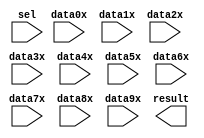
// megafunction wizard: %LPM_MUX%VBB%
// GENERATION: STANDARD
// VERSION: WM1.0
// MODULE: LPM_MUX 

// ============================================================
// Megafunction Name(s):
// 			LPM_MUX
//
// Simulation Library Files(s):
// 			lpm
// ============================================================
// ************************************************************
// THIS IS A WIZARD-GENERATED FILE. DO NOT EDIT THIS FILE!
//
// 13.1.0 Build 162 10/23/2013 SJ Full Version
// ************************************************************

//Copyright (C) 1991-2013 Altera Corporation
//Your use of Altera Corporation's design tools, logic functions 
//and other software and tools, and its AMPP partner logic 
//functions, and any output files from any of the foregoing 
//(including device programming or simulation files), and any 
//associated documentation or information are expressly subject 
//to the terms and conditions of the Altera Program License 
//Subscription Agreement, Altera MegaCore Function License 
//Agreement, or other applicable license agreement, including, 
//without limitation, that your use is for the sole purpose of 
//programming logic devices manufactured by Altera and sold by 
//Altera or its authorized distributors.  Please refer to the 
//applicable agreement for further details.

module SwitchMux (
	data0x,
	data1x,
	data2x,
	data3x,
	data4x,
	data5x,
	data6x,
	data7x,
	data8x,
	data9x,
	sel,
	result);

	input	[63:0]  data0x;
	input	[63:0]  data1x;
	input	[63:0]  data2x;
	input	[63:0]  data3x;
	input	[63:0]  data4x;
	input	[63:0]  data5x;
	input	[63:0]  data6x;
	input	[63:0]  data7x;
	input	[63:0]  data8x;
	input	[63:0]  data9x;
	input	[3:0]  sel;
	output	[63:0]  result;

endmodule

// ============================================================
// CNX file retrieval info
// ============================================================
// Retrieval info: PRIVATE: INTENDED_DEVICE_FAMILY STRING "Cyclone III"
// Retrieval info: PRIVATE: SYNTH_WRAPPER_GEN_POSTFIX STRING "0"
// Retrieval info: PRIVATE: new_diagram STRING "1"
// Retrieval info: LIBRARY: lpm lpm.lpm_components.all
// Retrieval info: CONSTANT: LPM_SIZE NUMERIC "10"
// Retrieval info: CONSTANT: LPM_TYPE STRING "LPM_MUX"
// Retrieval info: CONSTANT: LPM_WIDTH NUMERIC "64"
// Retrieval info: CONSTANT: LPM_WIDTHS NUMERIC "4"
// Retrieval info: USED_PORT: data0x 0 0 64 0 INPUT NODEFVAL "data0x[63..0]"
// Retrieval info: USED_PORT: data1x 0 0 64 0 INPUT NODEFVAL "data1x[63..0]"
// Retrieval info: USED_PORT: data2x 0 0 64 0 INPUT NODEFVAL "data2x[63..0]"
// Retrieval info: USED_PORT: data3x 0 0 64 0 INPUT NODEFVAL "data3x[63..0]"
// Retrieval info: USED_PORT: data4x 0 0 64 0 INPUT NODEFVAL "data4x[63..0]"
// Retrieval info: USED_PORT: data5x 0 0 64 0 INPUT NODEFVAL "data5x[63..0]"
// Retrieval info: USED_PORT: data6x 0 0 64 0 INPUT NODEFVAL "data6x[63..0]"
// Retrieval info: USED_PORT: data7x 0 0 64 0 INPUT NODEFVAL "data7x[63..0]"
// Retrieval info: USED_PORT: data8x 0 0 64 0 INPUT NODEFVAL "data8x[63..0]"
// Retrieval info: USED_PORT: data9x 0 0 64 0 INPUT NODEFVAL "data9x[63..0]"
// Retrieval info: USED_PORT: result 0 0 64 0 OUTPUT NODEFVAL "result[63..0]"
// Retrieval info: USED_PORT: sel 0 0 4 0 INPUT NODEFVAL "sel[3..0]"
// Retrieval info: CONNECT: @data 0 0 64 0 data0x 0 0 64 0
// Retrieval info: CONNECT: @data 0 0 64 64 data1x 0 0 64 0
// Retrieval info: CONNECT: @data 0 0 64 128 data2x 0 0 64 0
// Retrieval info: CONNECT: @data 0 0 64 192 data3x 0 0 64 0
// Retrieval info: CONNECT: @data 0 0 64 256 data4x 0 0 64 0
// Retrieval info: CONNECT: @data 0 0 64 320 data5x 0 0 64 0
// Retrieval info: CONNECT: @data 0 0 64 384 data6x 0 0 64 0
// Retrieval info: CONNECT: @data 0 0 64 448 data7x 0 0 64 0
// Retrieval info: CONNECT: @data 0 0 64 512 data8x 0 0 64 0
// Retrieval info: CONNECT: @data 0 0 64 576 data9x 0 0 64 0
// Retrieval info: CONNECT: @sel 0 0 4 0 sel 0 0 4 0
// Retrieval info: CONNECT: result 0 0 64 0 @result 0 0 64 0
// Retrieval info: GEN_FILE: TYPE_NORMAL SwitchMux.v TRUE
// Retrieval info: GEN_FILE: TYPE_NORMAL SwitchMux.inc FALSE
// Retrieval info: GEN_FILE: TYPE_NORMAL SwitchMux.cmp FALSE
// Retrieval info: GEN_FILE: TYPE_NORMAL SwitchMux.bsf TRUE FALSE
// Retrieval info: GEN_FILE: TYPE_NORMAL SwitchMux_inst.v FALSE
// Retrieval info: GEN_FILE: TYPE_NORMAL SwitchMux_bb.v TRUE
// Retrieval info: LIB_FILE: lpm